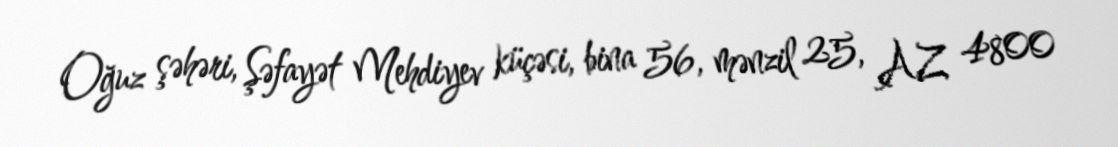
Oğuz şəhəri, Şəfayət Mehdiyev küçəsi, bina 56, mənzil 25, AZ 4800